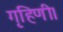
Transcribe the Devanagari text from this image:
गृहिणी।